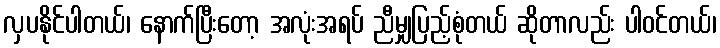
လှပနိုင်ပါတယ်၊ နောက်ပြီးတော့ အလုံးအရပ် ညီမျှပြည့်စုံတယ် ဆိုတာလည်း ပါဝင်တယ်၊